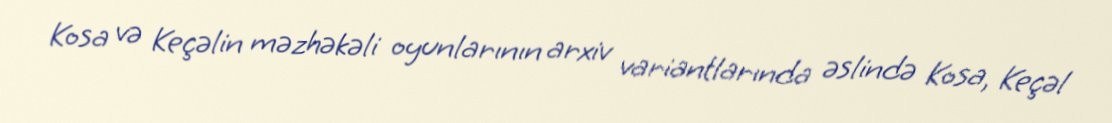
Kosa və Keçəlin məzhəkəli oyunlarının arxiv variantlarında əslində Kosa, Keçəl